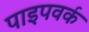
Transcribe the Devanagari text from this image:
पाइपवर्क